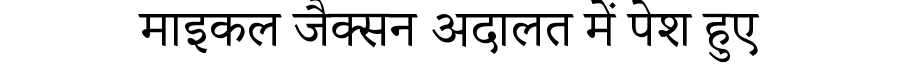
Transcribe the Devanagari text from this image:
माइकल जैक्सन अदालत में पेश हुए